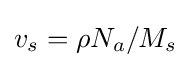
v_{s}=\rho N_{a}/M_{s}